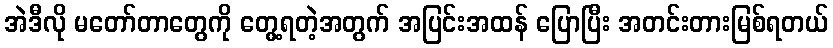
အဲဒီလို မတော်တာတွေကို တွေ့ရတဲ့အတွက် အပြင်းအထန် ပြောပြီး အတင်းတားမြစ်ရတယ်